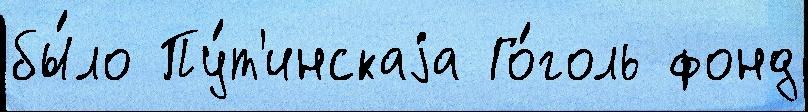
бы́ло Пу́т'инскаjа Го́голь фонд